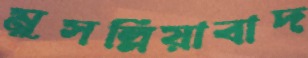
মুসল্লিয়াবাদ